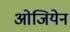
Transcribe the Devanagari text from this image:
ओजियेन